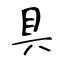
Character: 具